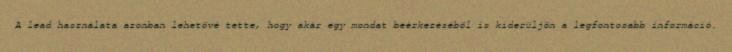
A lead használata azonban lehetővé tette, hogy akár egy mondat beérkezéséből is kiderüljön a legfontosabb információ.